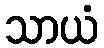
သာယံ